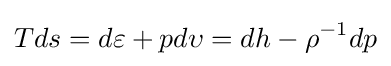
Tds=d\varepsilon +pd\upsilon =dh-\rho ^{-1}dp